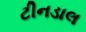
ટીનડાલ